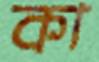
কা